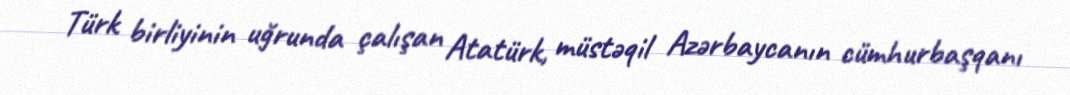
Türk birliyinin uğrunda çalışan Atatürk, müstəqil Azərbaycanın cümhurbaşqanı